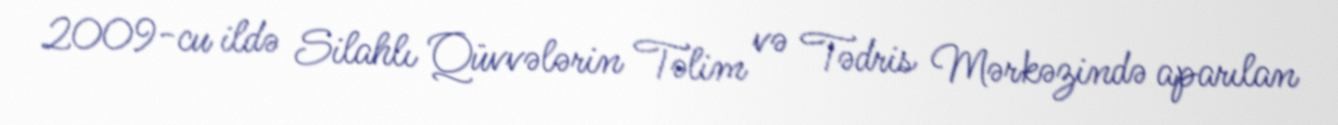
2009-cu ildə Silahlı Qüvvələrin Təlim və Tədris Mərkəzində aparılan